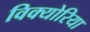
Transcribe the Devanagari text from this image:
विक्योरिया